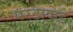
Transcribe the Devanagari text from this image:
परटाकडे